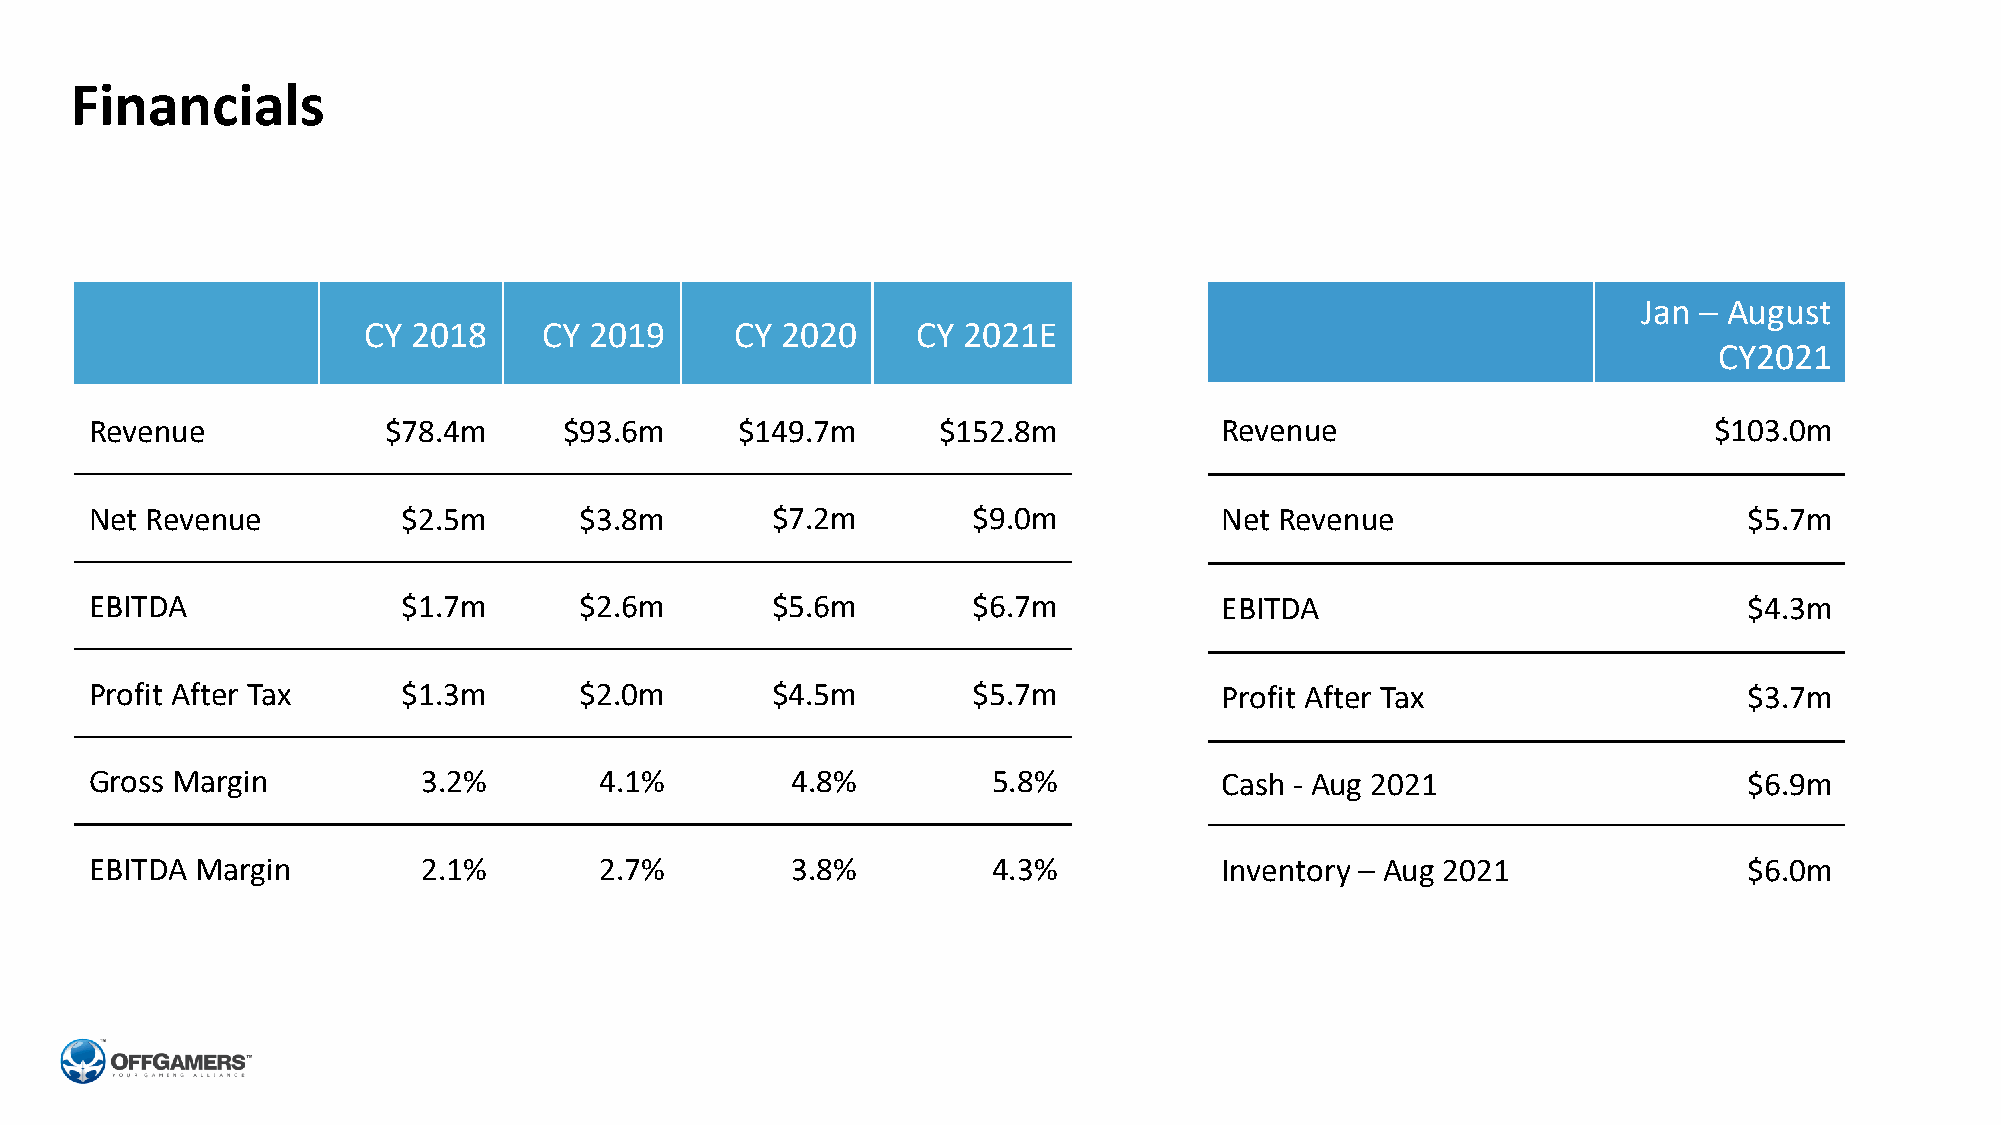
Financials
 Jan – August
 CY 2018     CY 2019      CY 2020     CY 2021E
 CY2021
 Revenue            $78.4m      $93.6m      $149.7m      $152.8m            Revenue                         $103.0m
 Net Revenue          $2.5m      $3.8m        $7.2m        $9.0m            Net Revenue                        $5.7m
 EBITDA               $1.7m      $2.6m        $5.6m        $6.7m            EBITDA                             $4.3m
 Profit After Tax     $1.3m      $2.0m        $4.5m        $5.7m            Profit After Tax                   $3.7m
 Gross Margin          3.2%        4.1%        4.8%          5.8%           Cash - Aug 2021                    $6.9m
 EBITDA Margin         2.1%        2.7%        3.8%          4.3%           Inventory – Aug 2021               $6.0m